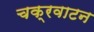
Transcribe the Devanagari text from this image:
चक्रवाटन